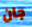
جان